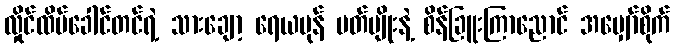
လှိုင်ထိပ်ခေါင်တင်ရဲ့ သားချော့ ရေယမုန် ပတ်ပျိုးနဲ့ စိန်ခြူးကြာညောင် အမျှော်စိုက်